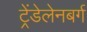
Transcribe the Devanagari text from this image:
ट्रेंडेलेनबर्ग